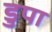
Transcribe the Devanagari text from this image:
डुपा